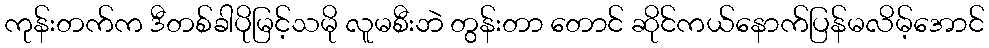
ကုန်းတက်က ဒီတစ်ခါပိုမြင့်သမို လူမစီးဘဲ တွန်းတာ တောင် ဆိုင်ကယ်နောက်ပြန်မလိမ့်အောင်